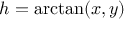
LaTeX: h = \arctan ( x , y )